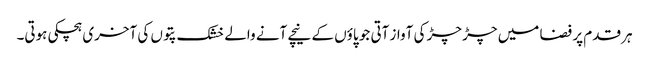
ہر قدم پر فضا میں چڑ چڑ کی آواز آتی جو پاؤں کے نیچے آنے والے خشک پتوں کی آخری ہچکی ہوتی۔